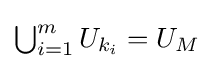
{\textstyle \bigcup _{i=1}^{m}U_{k_{i}}}=U_{M}